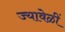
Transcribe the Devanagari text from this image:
ज्यावेळीं